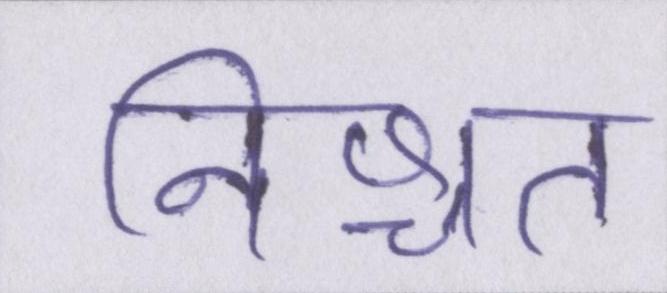
निश्चत